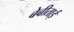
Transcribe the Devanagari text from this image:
बेबीताई